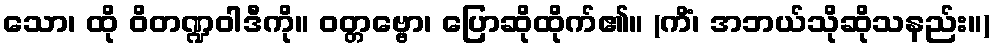
သော၊ ထို ဝိတဏ္ဍဝါဒီကို။ ဝတ္တဗ္ဗော၊ ပြောဆိုထိုက်၏။ (ကိံ၊ အဘယ်သိုဆိုသနည်း။)